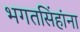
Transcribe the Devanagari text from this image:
भगतसिंहांना